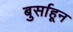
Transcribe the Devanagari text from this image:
बुर्साहून